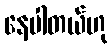
နေပါတယ်ဟု